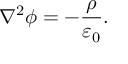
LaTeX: { \nabla } ^ { 2 } \phi = - { \frac { \rho } { \varepsilon _ { 0 } } } .